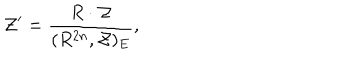
{ \cal Z } ^ { \prime } = \frac { R \cdot { \cal Z } } { ( R ^ { 2 n } , { \cal Z } ) _ { E } } ,